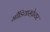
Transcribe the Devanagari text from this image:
मीडियास्फ़ेयर